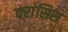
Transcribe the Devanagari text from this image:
फ्ऱांसिस